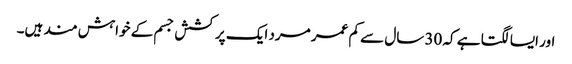
اور ایسا لگتا ہے کہ 30 سال سے کم عمر مرد ایک پرکشش جسم کے خواہش مند ہیں۔